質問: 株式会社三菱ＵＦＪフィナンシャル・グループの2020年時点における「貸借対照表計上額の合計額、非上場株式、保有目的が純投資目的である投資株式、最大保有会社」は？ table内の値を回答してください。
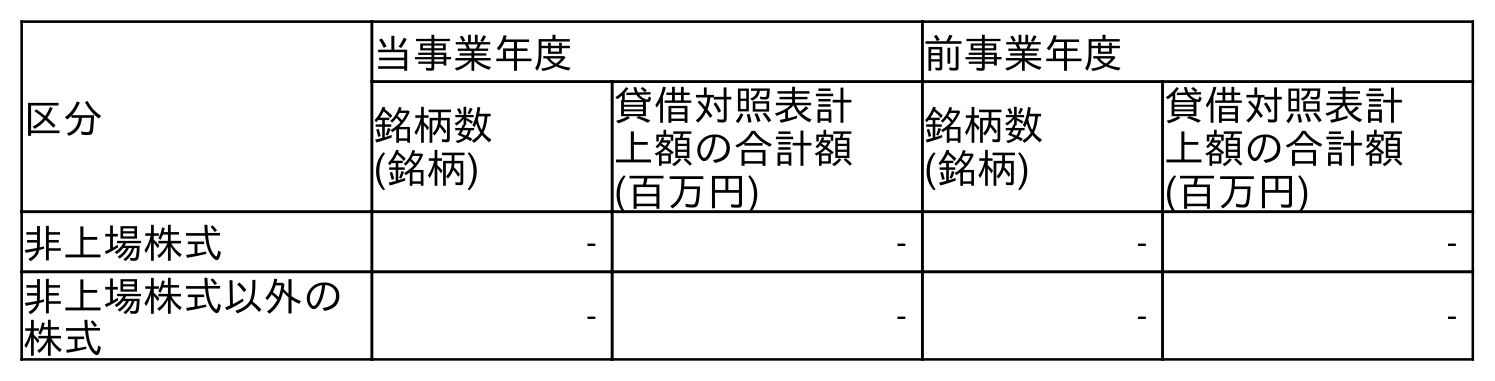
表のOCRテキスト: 区分 当事業年度 前事業年度 銘柄数 (銘柄) 貸借対照表計 上額の合計額 (百万円) 銘柄数 (銘柄) 貸借対照表計 上額の合計額 (百万円) 非上場株式 - - - - 非上場株式以外の 株式 - - - -
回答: -